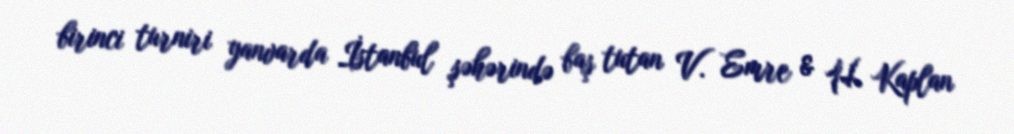
birinci turniri yanvarda İstanbul şəhərində baş tutan V. Emre & H. Kaplan